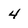
Character: 4